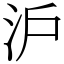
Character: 沪